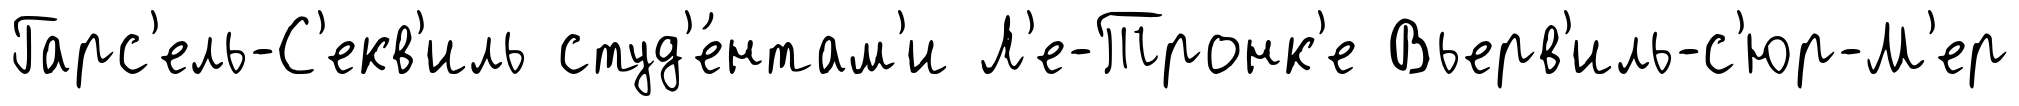
Гарс'ель-С'екв'иль студ'е́нтам'и Л'е-Тронк'е Вьерв'иль-с'юр-М'ер